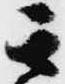
其